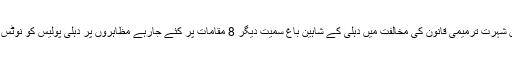
سماعت کے دوران شہرت ترمیمی قانون کی مخالفت میں دہلی کے شاہین باغ سمیت دیگر 8 مقامات پر کئے جارہے مظاہروں پر دہلی پولیس کو نوٹس جاری کیا گیا ہے۔